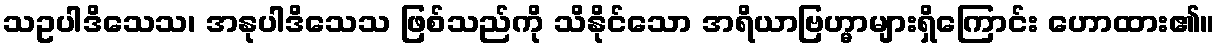
သဥပါဒိသေသ၊ အနုပါဒိသေသ ဖြစ်သည်ကို သိနိုင်သော အရိယာဗြဟ္မာများရှိကြောင်း ဟောထား၏။